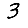
Digit: 3